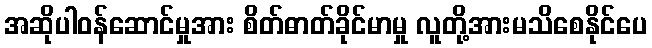
အဆိုပါဝန်ဆောင်မှုအား စိတ်ဓာတ်ခိုင်မာမှု လူတို့အားမသိစေနိုင်ပေ